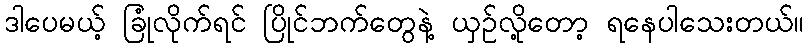
ဒါပေမယ့် ခြုံလိုက်ရင် ပြိုင်ဘက်တွေနဲ့ ယှဉ်လို့တော့ ရနေပါသေးတယ်။